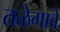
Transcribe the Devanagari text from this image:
तळेगावे